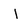
Character: I